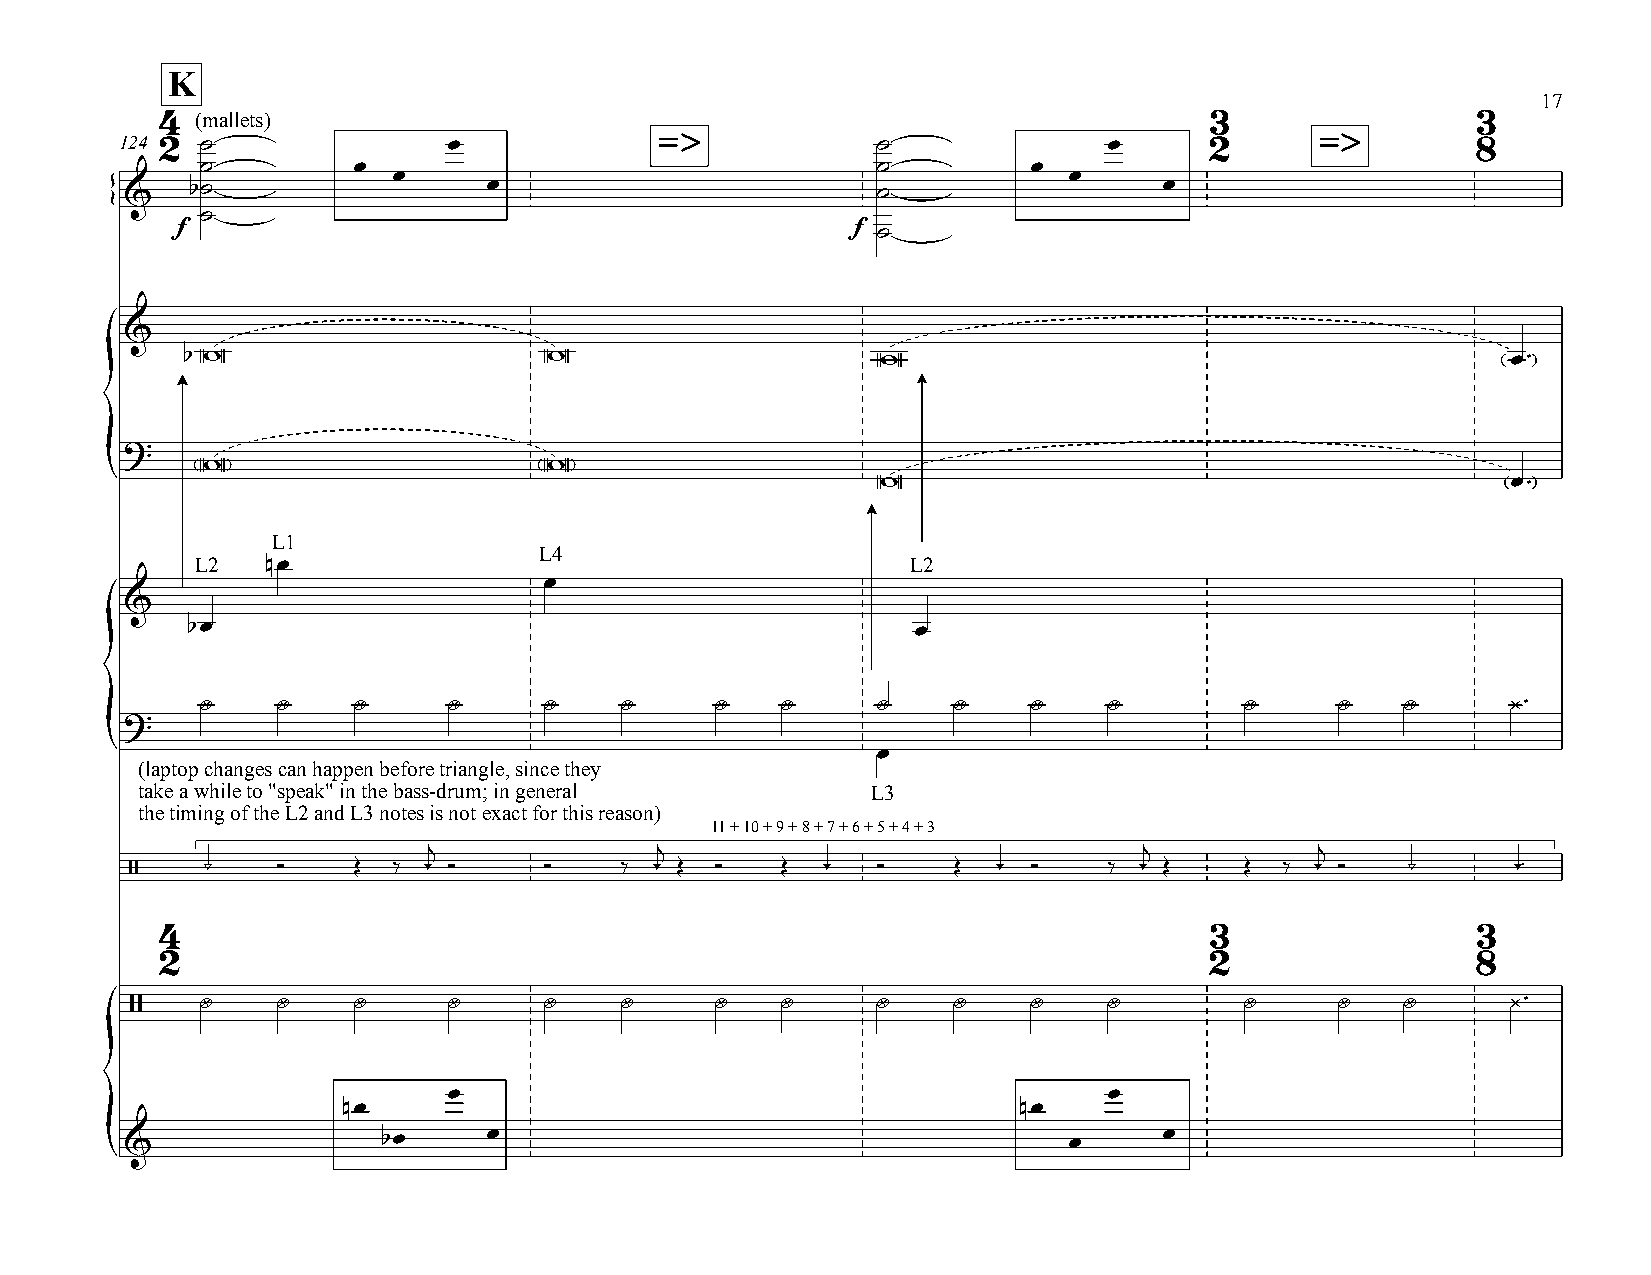
K
 17
 4 (mallets)                                                          3                 3
 =>                                          =>
 124 2 ˙               œ                           ˙              œ      2                 8
 ˙         œ                                  ˙         œ
 œ                                            œ
 &    b˙                 œ                         ˙                  œ
 {     ˙
 f                                           f ˙
 &
 bW                      W                     W                                         œ™
 ?
 W                      W
 {                                                  W                                         œ
 ™
 L1
 L4
 L2   nœ                                        L2
 œ
 &
 bœ                                               œ
 Y    Y    Y      Y     Y    Y     Y    Y     Y    Y    Y    Y        Y      Y   Y
 ¿™
 ?
 {                                                  œ
 (laptop changes can happen before triangle, since they
 take a while to "speak" in the bass-drum; in general L3
 the timing of the L2 and L3 notes is not exact for this reason)
 11 + 10 + 9 + 8 + 7 + 6 + 5 + 4 + 3
 j              j                                j          j
 /    _   Ó    Œ  ‰ - Ó     Ó    ‰ - Œ Ó    Œ -   Ó    Œ  - Ó    ‰ - Œ    Œ  ‰ - Ó   _      -™
 4                                                                    3                 3
 2                                                                    2                 8
 /   Y    Y    Y      Y     Y    Y     Y    Y     Y    Y    Y    Y        Y      Y   Y
 ¿™
 œ                                          œ
 nœ                                          nœ
 &                bœ     œ                                      œ     œ
 {